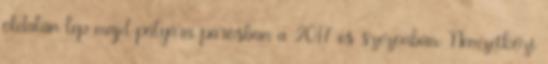
oldalán lép majd pályára párosban a 2017-es szezonban. Nemzetközi